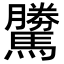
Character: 𩦜